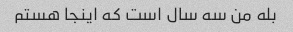
بله من سه سال است که اینجا هستم